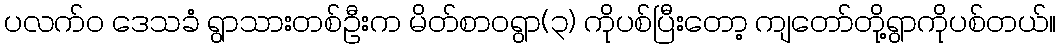
ပလက်ဝ ဒေသခံ ရွာသားတစ်ဦးက မိတ်စာဝရွာ(၃) ကိုပစ်ပြီးတော့ ကျတော်တို့ရွာကိုပစ်တယ်။